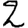
Digit: 2